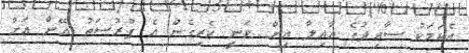
އެކަމަކު ސާއިދުގެ އާއިލާ އިން ވަނީ ކެރިގެން އެ ފުރުސަތު އޭނާ އަށް